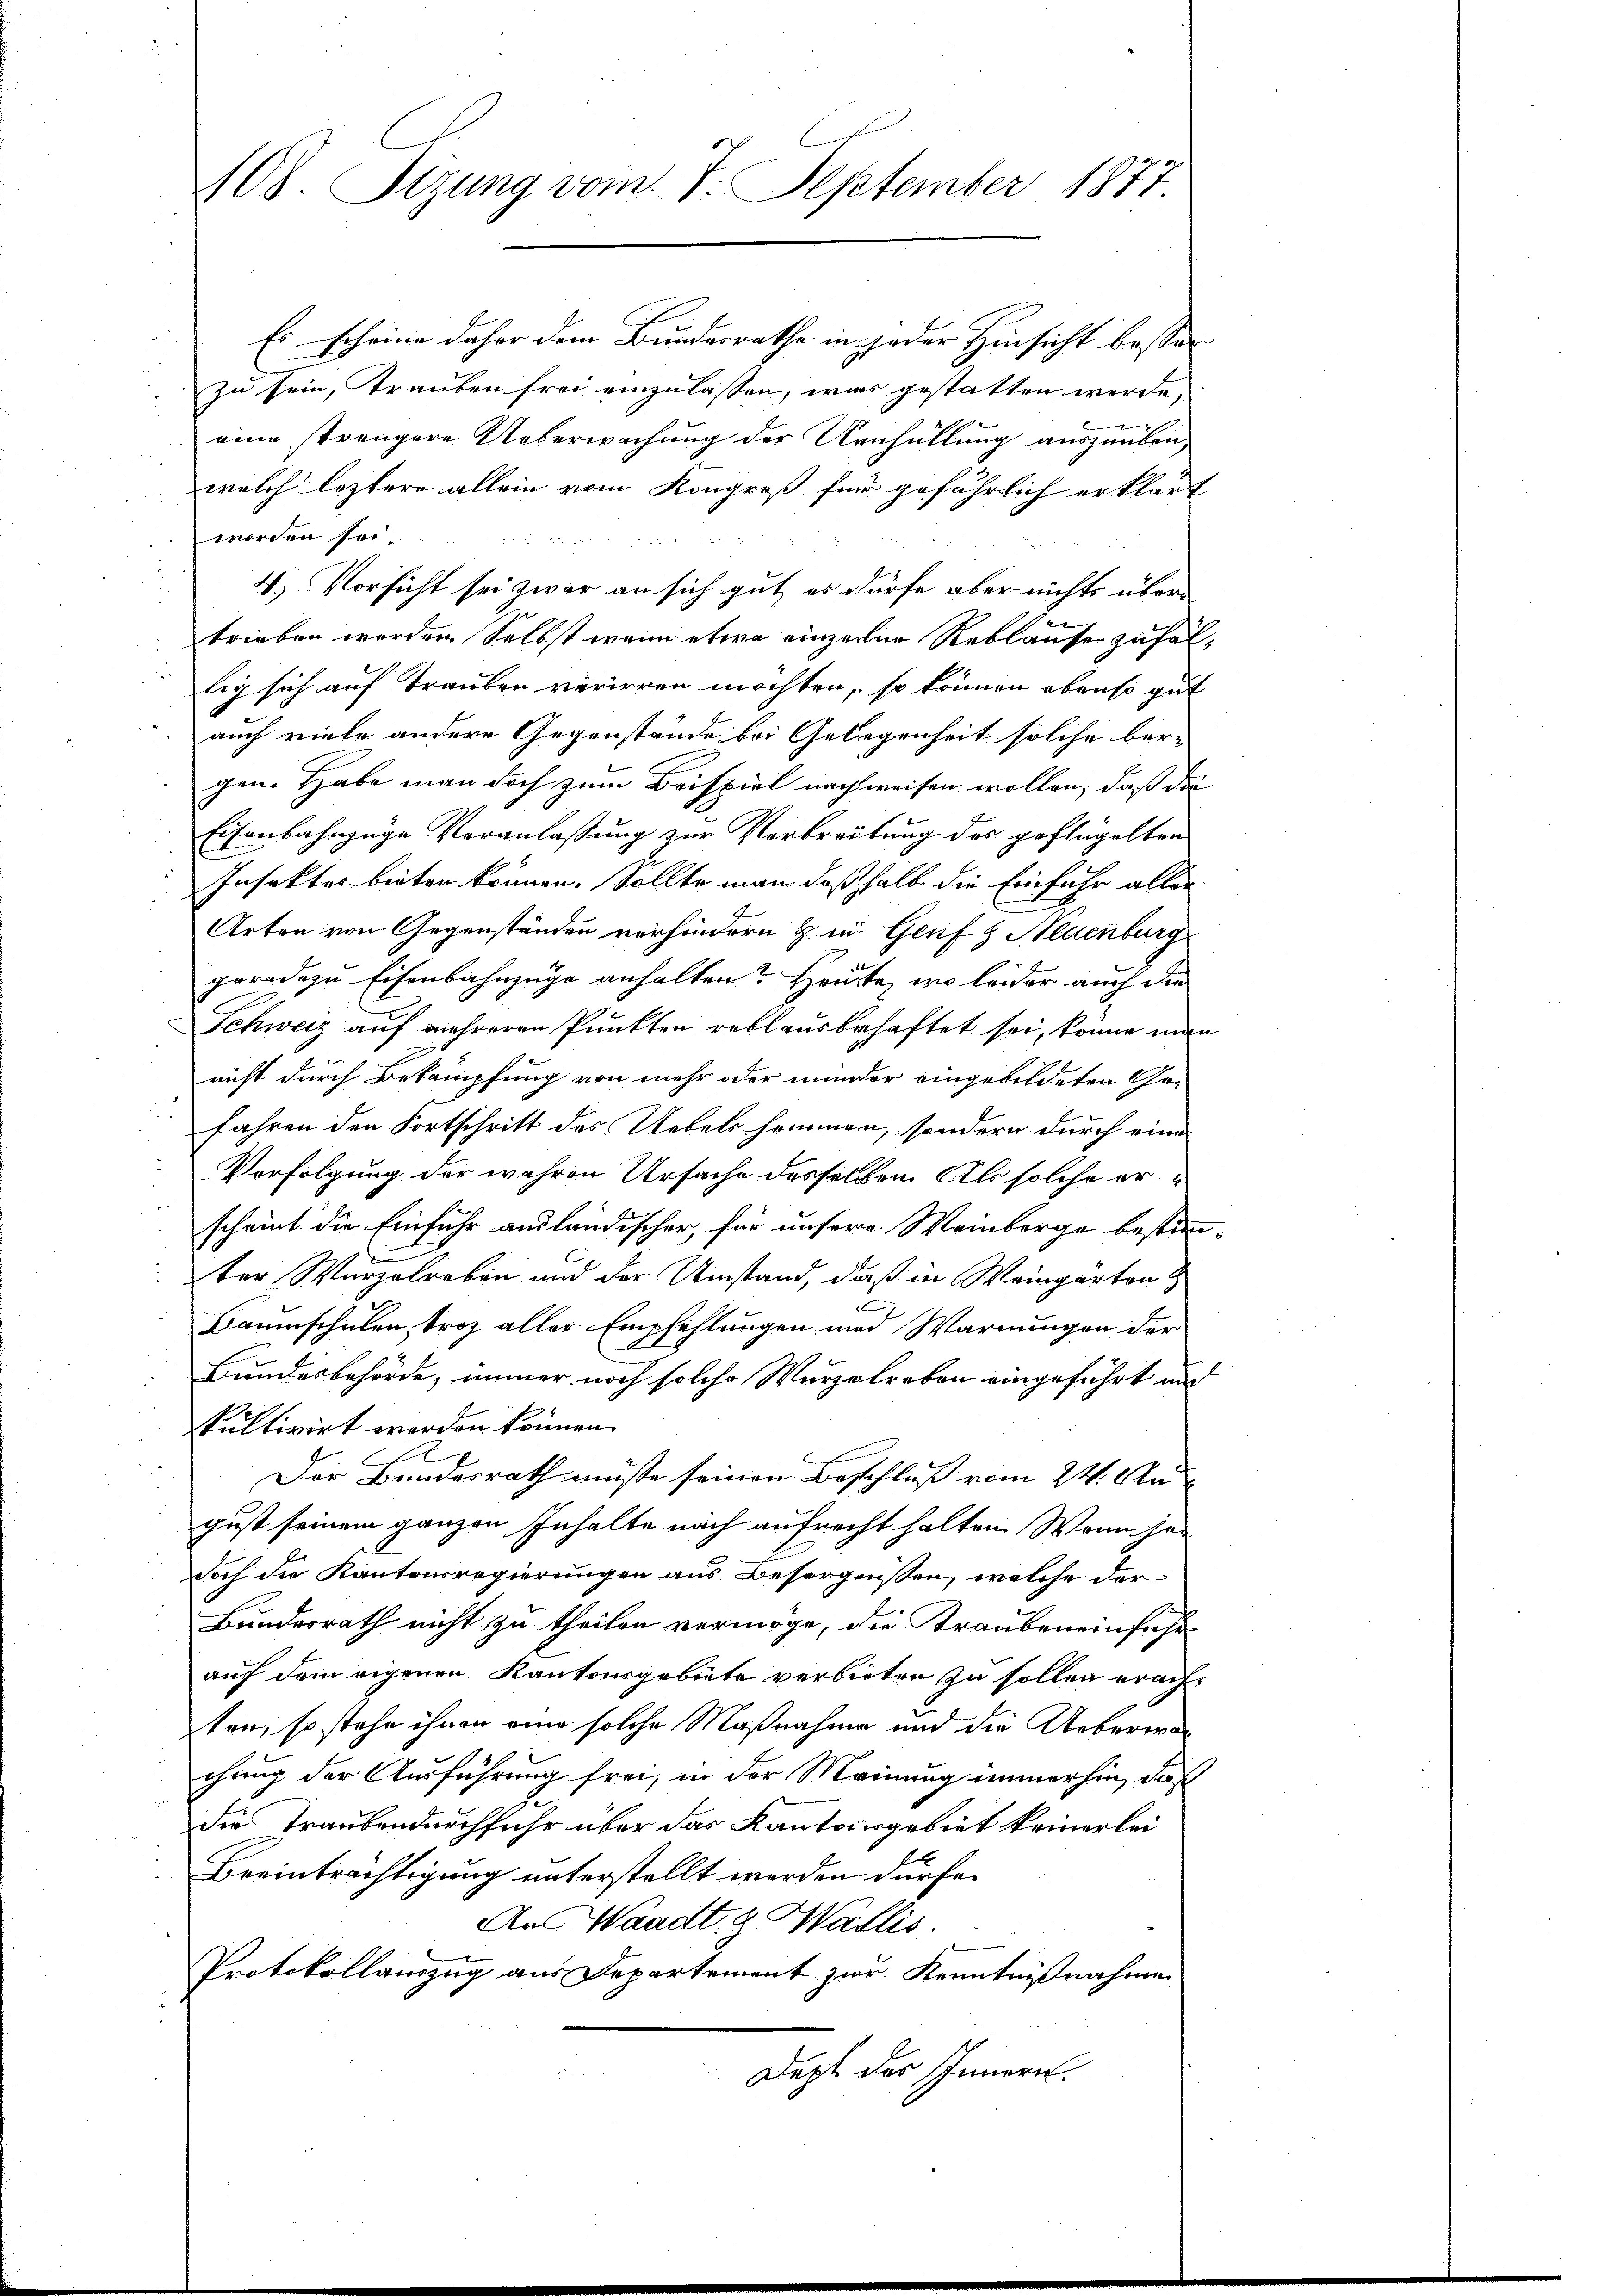
108. Setzung vom 7. September 1877

Es scheine daher dem Bundesrathe in jeder Hinsicht bessen |
zu sein, Trauben frei einzulassen, was gestatten werde,
eine strengere Ueberwachung der Uenhüllung auszuüben,
welch leztere allein vom Kongreß für gefährlich erklärt
worden sei.
4.) Vorsicht sei zwar an sich gut, es dürfe aber nichts übertrieben worden Selbst wenn etwa einzellen Reblause zufällig sich auf Trauben verieren möchten, so können ebenso gut
2
auch viele andere Gegenstände bei Gelegenheit solche bergen. Habe man doch zum Beispiel nachweisen wollen, daß die
Eisenbahnzüge Veranlassung zur Verbreitung des geflügelten
Insaktes bieten können. Sollte man daß halb die Einfuhr aller
Arten von Gegenständen verhindern & in Genf & Neuenburg
geradezu Eisenbahnzüge anhalten? Heute, wo leider auch die
Schweiz auf mehreren Punkten reklaus behaftet sei, könne man
nicht durch Bekämpfung von mehr oder minder eingebildeten Gefahren den Fortschritt des Uebels hommen, sondern durch eine
Verfolgung der wahren Ursache desselben Als solche erscheint die Einführ ausländischer, für unsere Weinberge bestimm-
¬
ter Wurzelreben und der Umstand, daß in Weingärten &
2
Baumschulen, troz aller Empfehlungen und Warnungen der
Bundesbehörde, immer noch solche Wurzelreben eingeführt und
ultivirt werden können.
Der Bundesrath müßte seinen Beschluss vom 24. Au
gust seinem ganzen Inhalte nach aufrecht halten. Wenn je¬
Doch die Kantonsregierungen aus Besorgnissen, welche der
Bundesrath nicht zu theilen vermöge, die Traubeneinführ
auf dem eigenen Kantonsgebiete verbieten zu sollen erachten, so stehe ihnen eine solche Maßnahme und die Ueberwal
chung der Ausführung frei, in der Meinung immerhin, daß
die Traubendurchfuhr über das Kantonsgebiet keinerlei¬
Beeinträchtigung unterstellt werden dürfe.
An Waadt. a Wallis.
Protokollauszug aus Departement zur Kenntnißnahmen
Dept des Innern.